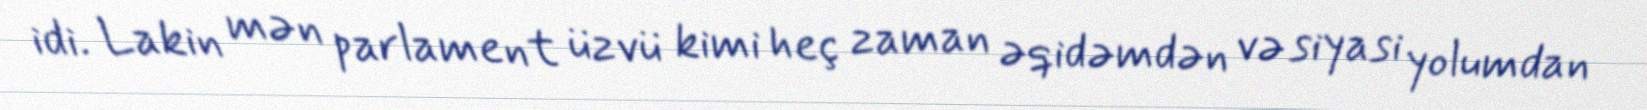
idi. Lakin mən parlament üzvü kimi heç zaman əqidəmdən və siyasi yolumdan